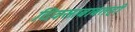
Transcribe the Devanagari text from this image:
दिवसाबाबतही